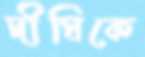
দীঘিকে